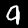
Label: 9